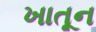
ખાતૂન